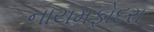
નાયમફોદરા